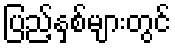
ပြည့်နှစ်များတွင်